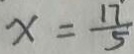
x = \frac { 1 7 } { 5 }